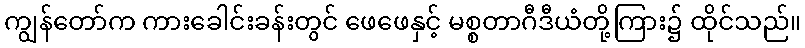
ကျွန်တော်က ကားခေါင်းခန်းတွင် ဖေဖေနှင့် မစ္စတာဂီဒီယံတို့ကြား၌ ထိုင်သည်။